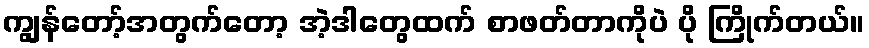
ကျွန်တော့်အတွက်တော့ အဲ့ဒါတွေထက် စာဖတ်တာကိုပဲ ပို ကြိုက်တယ်။